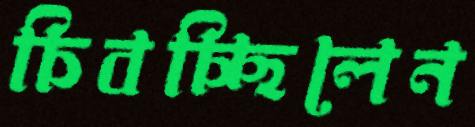
চিবচ্ছিলেন